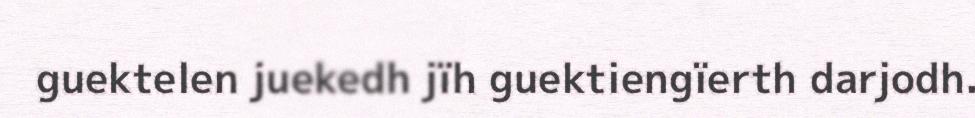
guektelen juekedh jïh guektiengïerth darjodh.